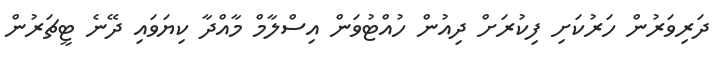
ދަރިވަރުން ހަރުކަށި ފިކުރަށް ދިއުން ހުއްޓުވަން އިސްލާމް މާއްދާ ކިޔަވައި ދޭނެ ޓީޗަރުން